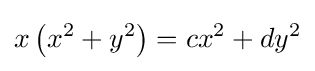
x\left(x^{2}+y^{2}\right)=cx^{2}+dy^{2}